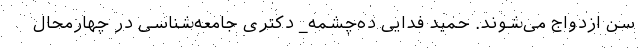
سن ازدواج می‌شوند. حمید فدایی ده‌چشمه_ دکتری جامعه‌شناسی در چهارمحال